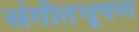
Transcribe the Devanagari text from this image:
संगीतभूषण